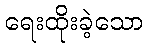
ရေးထိုးခဲ့သော